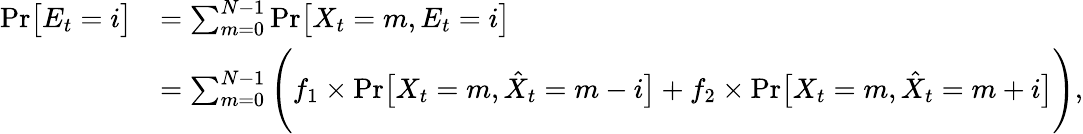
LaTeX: \begin{array}{rl}{\mathrm{Pr}\big[E_{t}=i\big]}&{=\sum_{m=0}^{N-1}\mathrm{Pr}\big[X_{t}=m,E_{t}=i\big]}\\ &{=\sum_{m=0}^{N-1}\Bigg(f_{1}\times\mathrm{Pr}\big[X_{t}=m,\hat{X}_{t}=m-i\big]+f_{2}\times\mathrm{Pr}\big[X_{t}=m,\hat{X}_{t}=m+i\big]\Bigg),}\end{array}